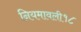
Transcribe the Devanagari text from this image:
नियमावली१८